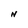
Character: N